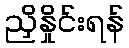
ညှိနှိုင်းရန်